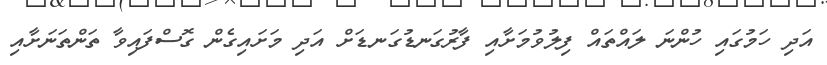
އަދި ހަމުގައި ހުންނަ ލައްތައް ފިލުވުމަށާއި ފާރުގަނޑުގަނޑަށް އަދި މަށައިގެން ގޮސްފައިވާ ތަންތަނަށާއި